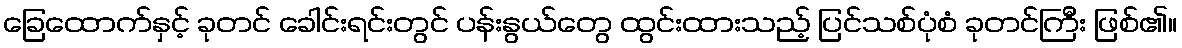
ခြေထောက်နှင့် ခုတင် ခေါင်းရင်းတွင် ပန်းနွယ်တွေ ထွင်းထားသည့် ပြင်သစ်ပုံစံ ခုတင်ကြီး ဖြစ်၏။